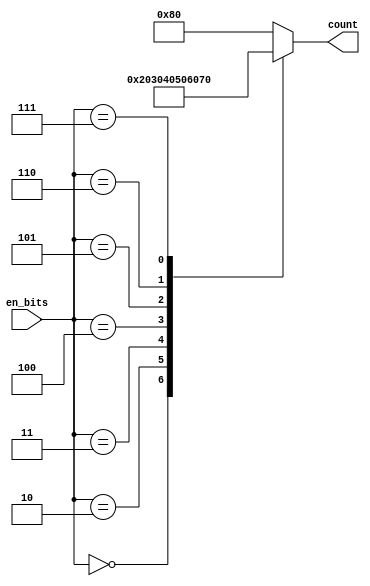
// Module to count number of bit ones in a binary number
module en_table #(
        parameter INPUT_WIDTH = 3
    )(
        input           [INPUT_WIDTH - 1 :0] en_bits,
        output reg         [7:0] count

    );

    always @(en_bits) begin
        count = 0;  //initialize count variable.
        case(en_bits)
            3'b000:
                count = 8'd0;

            3'b010:
                count = 8'd32;

            3'b011:
                count = 8'd48;

            3'b100:
                count = 8'd64;

            3'b101:
                count = 8'd80;

            3'b110:
                count = 8'd96;

            3'b111:
                count = 8'd112;


            default:
                count = 8'd128;

        endcase

    end


endmodule // en_table